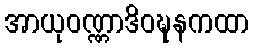
အာယုဝဏ္ဏာဒိဝဍ္ဎနကထာ